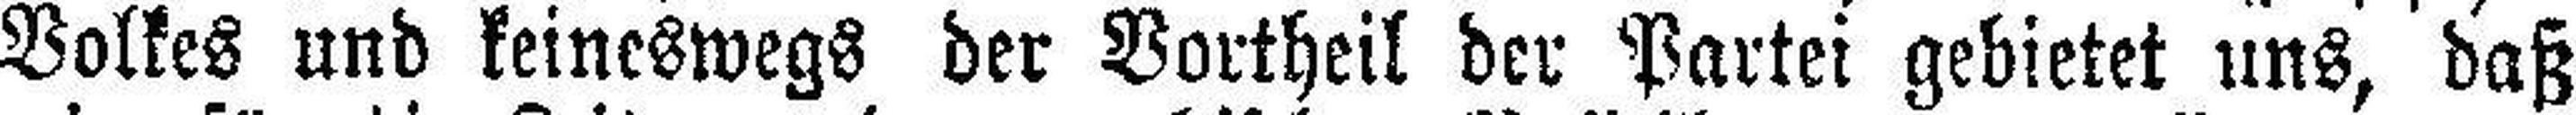
Volkes und keineswegs der Vortheil der Partei gebietet uns, daß